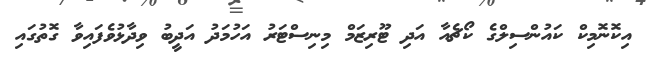
އިކޮނޮމިކް ކައުންސިލްގެ ކޯޗެއާ އަދި ޓޫރިޒަމް މިނިސްޓަރު އަހުމަދު އަދީބު ވިދާޅުވެފައިވާ ގޮތުގައި